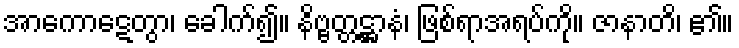
အာကောဋေတွာ၊ ခေါက်၍။ နိဗ္ဗတ္တဋ္ဌာနံ၊ ဖြစ်ရာအရပ်ကို။ ဇာနာတိ၊ ၏။